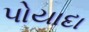
પોયાદા